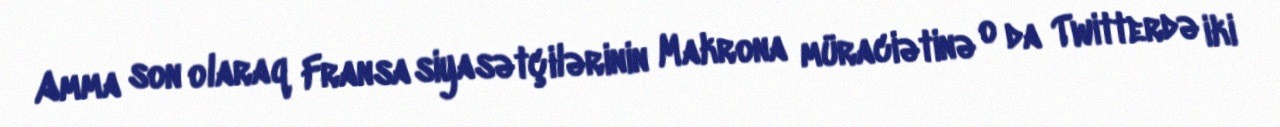
Amma son olaraq Fransa siyasətçilərinin Makrona müraciətinə o da Twitterdə iki